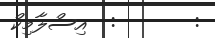
:       :  އިސްލާމިކް